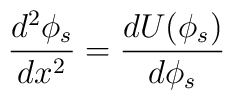
\frac{d^2\phi_s}{dx^2}=\frac{dU(\phi_s)}{d\phi_s}